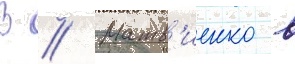
В // Матв'иенко в